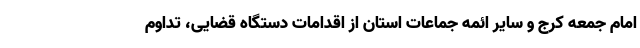
امام جمعه کرج و سایر ائمه جماعات استان از اقدامات دستگاه قضایی، تداوم